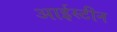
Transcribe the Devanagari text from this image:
आईस्टीन